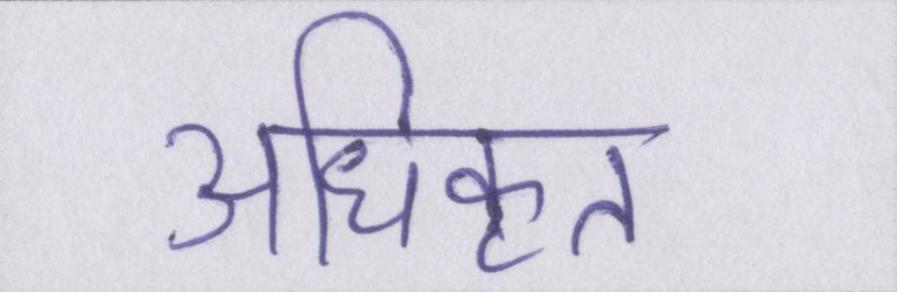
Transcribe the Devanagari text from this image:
अधिकृत